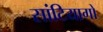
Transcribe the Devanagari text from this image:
सांटियागो